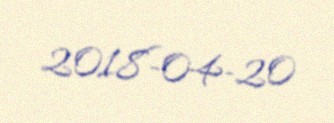
2018-04-20